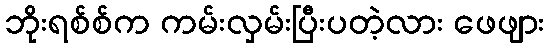
ဘိုးရစ်စ်က ကမ်းလှမ်းပြီးပတဲ့လား ဖေဖျား